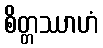
စိတ္တဿာဟံ